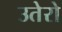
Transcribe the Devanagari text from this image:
उतेरो